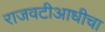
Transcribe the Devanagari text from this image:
राजवटीआधीचा